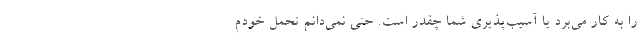
را به کار می‌برد یا آسیب‌پذیریِ شما چقدر است. حتی نمی‌دانم تحمل خودم